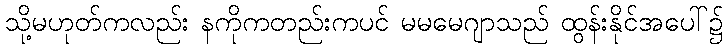
သို့မဟုတ်ကလည်း နကိုကတည်းကပင် မမမေဂျာသည် ထွန်းနိုင်အပေါ်၌